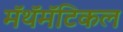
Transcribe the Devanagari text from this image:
मॅथॅमॅटिकल